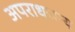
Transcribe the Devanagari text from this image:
अपराधजन्य